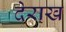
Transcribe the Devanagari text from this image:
देराख